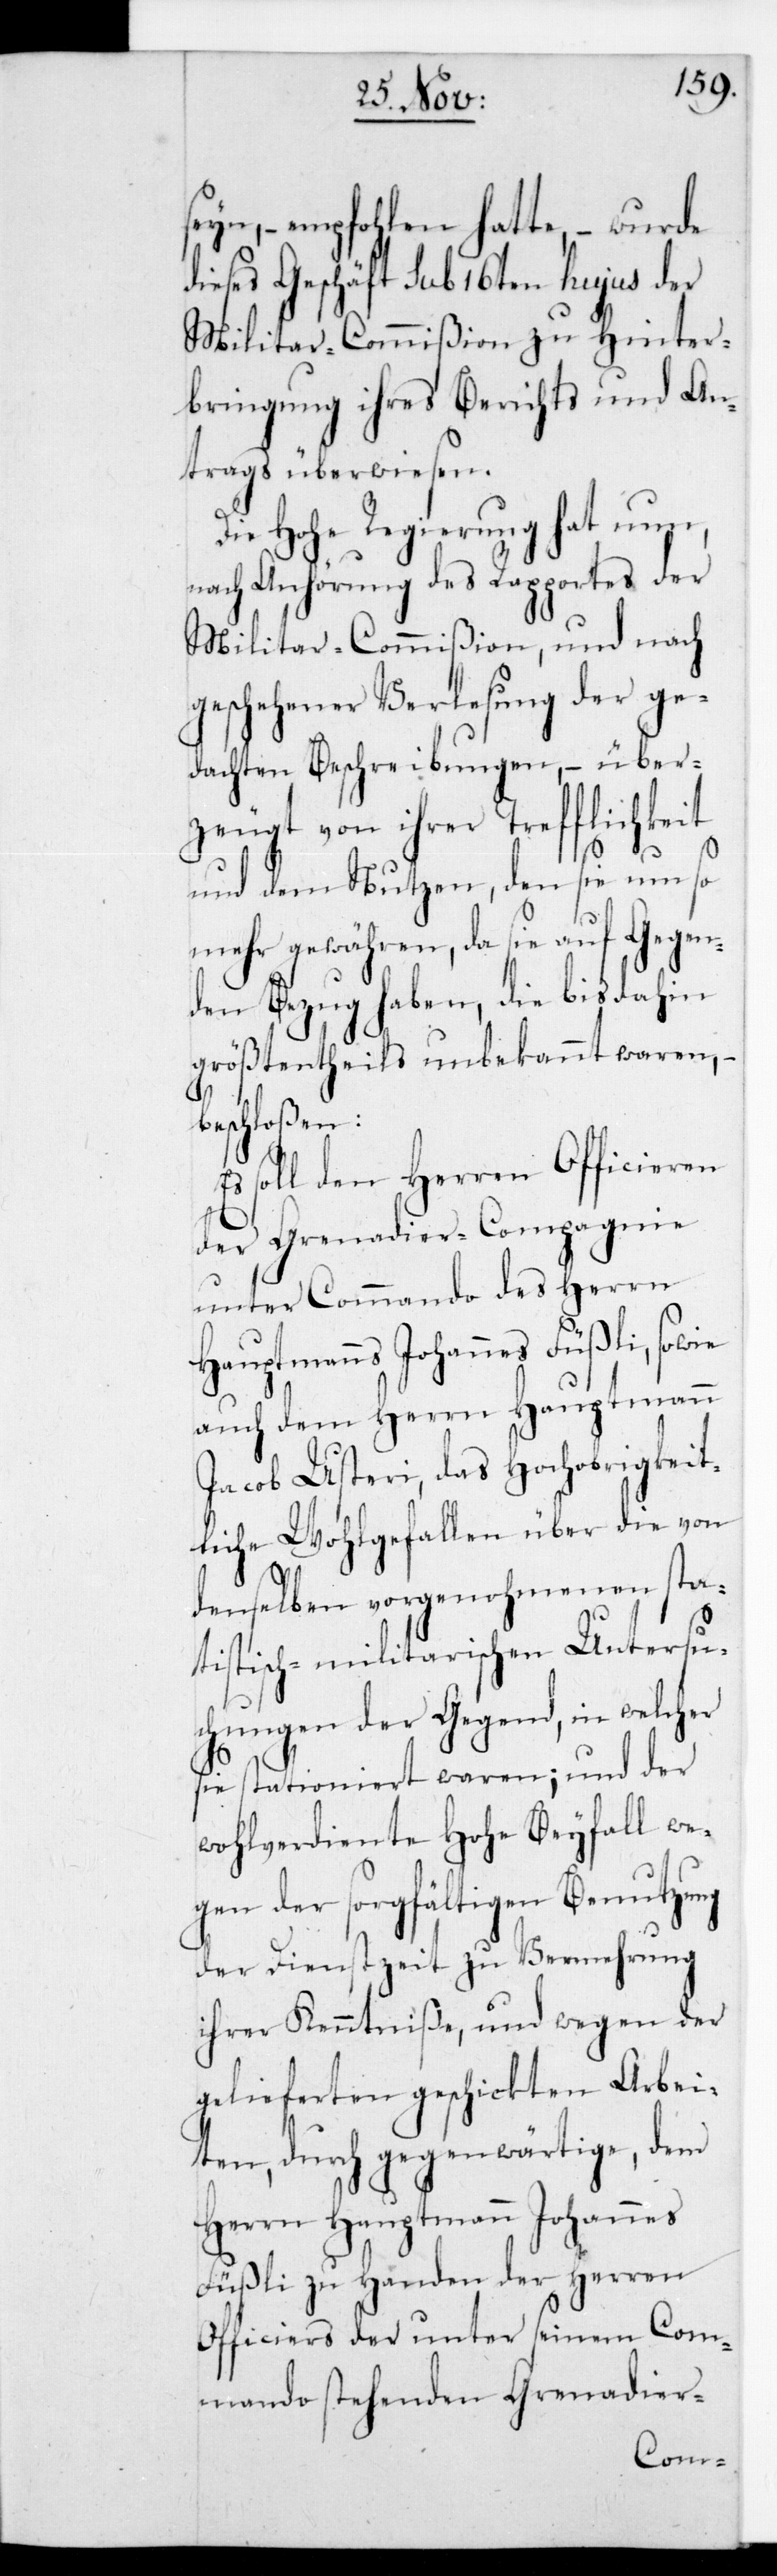
seyn, empfohlen hatte, wurde
dieses Geschäft sub 16ten hujus der
Militar-Commißion zu Hinter¬
bringung ihres Berichts und An¬
trags überwiesen.
Die Hohe Regierung hat nun,
nach Anhörung des Rapports der
Militar-Commißion und nach
geschehener Verlesung der ge¬
dachten Beschreibungen, – über¬
zeugt von ihrer Trefflichkeit
und dem Nutzen, den sie um so
mehr gewähren, da sie auf Gegen¬
den Bezug haben, die bis dahin
größtentheils unbekannt waren, –
beschloßen:
Es soll den Herren Officieren
der Grenadier-Compagnie
unter Commando des Herrn
Hauptmanns Johannes Füßli, sowie
auch dem Herrn Hauptmann
Jacob Usteri, das Hochobrigkeit¬
liche Wohlgefallen über die von
denselben vorgenohmenen sta¬
tistisch-militarischen Untersu¬
chungen der Gegend, in welcher
sie stationiert waren; und der
wohlverdiente Hohe Beyfall we¬
gen der sorgfältigen Benutzung
der Dienstzeit zu Vermehrung
ihrer Kenntniße, und wegen der
geliefereten geschickten Arbei¬
ten, durch gegenwärtige, dem
Herrn Hauptmann Johannes
Füßli zu Handen der Herren
Officiers der unter seinem Com¬
mando stehenden Grenadier-